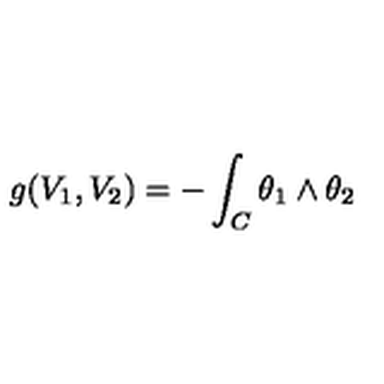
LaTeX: g ( V _ { 1 } , V _ { 2 } ) = - \int _ { C } \theta _ { 1 } \wedge \theta _ { 2 }